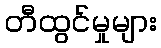
တီထွင်မှုများ